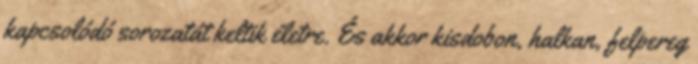
kapcsolódó sorozatát keltik életre. És akkor kisdobon, halkan, felpereg